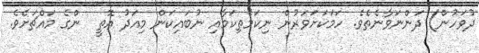
ދުވަހުން) ދަންނަވާނެތެވެ. ހަމަކަށަވަރުން ނިކަމެތިކަމާއި ނުބައިކަން މިއަދު އޮތީ  ންގެ މައްޗަށެވެ.